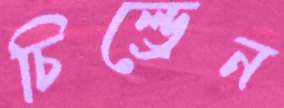
চিল্ড্রেন